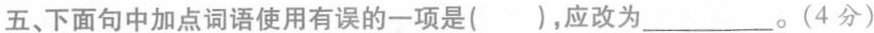
五、下面句中加点词语使用有误的一项是()，应改为___。(4分)